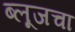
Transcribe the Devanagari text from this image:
ब्लूजचा